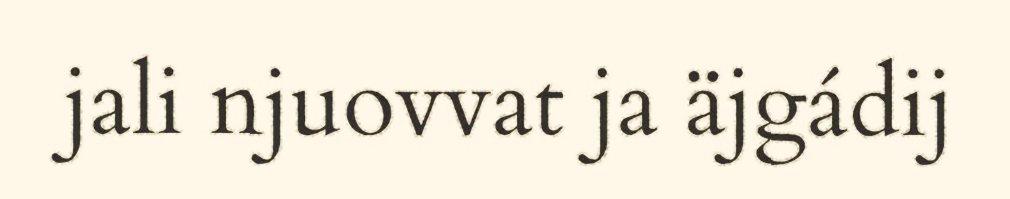
jali njuovvat ja äjgádij